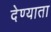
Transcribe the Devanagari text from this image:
देण्याता